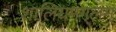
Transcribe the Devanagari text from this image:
शालियमंगलम्‌